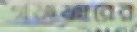
গফফারের